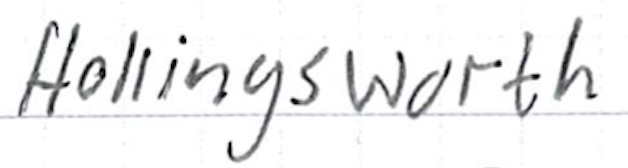
Text: Hollingsworth
Cross-out: clean
Writing tool: ballpoint